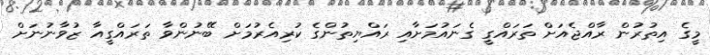
މީގެ އިތުރުން ރާއްޖެއަށް ތަރައްގީ ގެނައުމަށާއި ރައްޔިތުންގެ ކުރިއެރުމަށް ބޭނުންވާ ތަރައްގީއާ ޒުވާނުނަށް